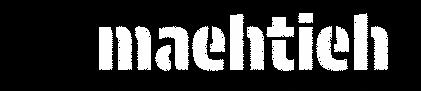
maehtieh